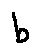
b